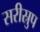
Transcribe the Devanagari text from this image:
सरीस्रुप